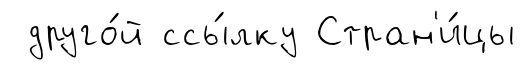
друго́й ссы́лку Стран'и́цы